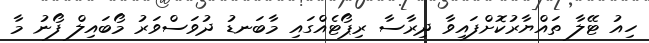
ހިއު ޓޭލާ ތައްޔާރުކޮށްފައިވާ ދިރާސާ ރިޕޯޓެއްގައި މާބަނޑު ދުވަސްވަރު މޯބައިލް ފޯނު މާ